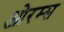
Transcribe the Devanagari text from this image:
ओरम्स